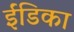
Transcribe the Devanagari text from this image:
ईंडिका